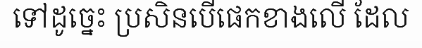
ទៅដូច្នេះ ប្រសិនបើផេកខាងលើ ដែល